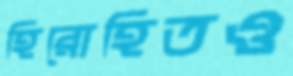
হিরোহিতও